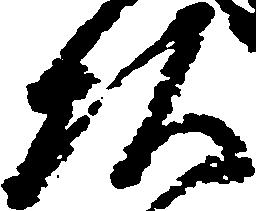
頭